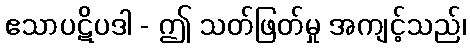
ဧသာပဋိပဒါ - ဤ သတ်ဖြတ်မှု အကျင့်သည်၊